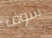
سوف